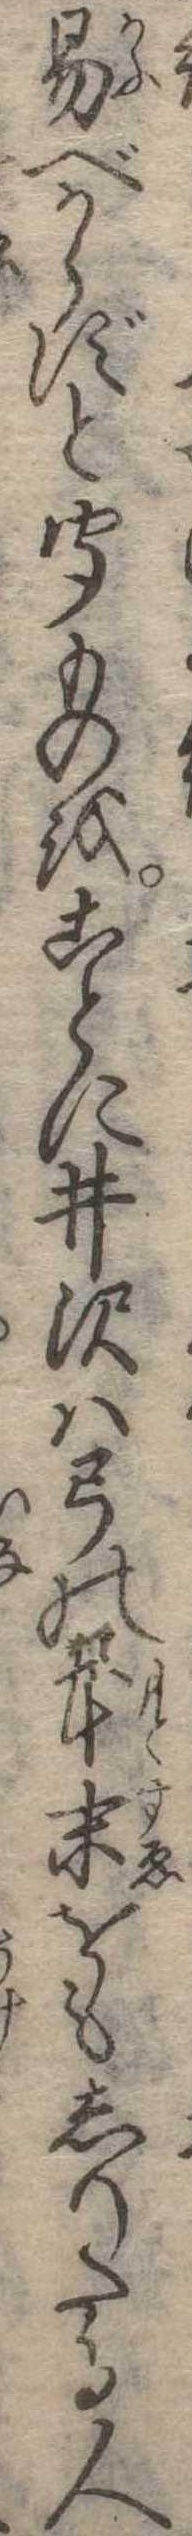
易べからずと聞ものをことに井沢は弓の本末をもしりたる人